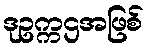
ဒုဥက္ကဌအဖြစ်